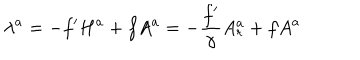
\lambda ^ { a } = - f ^ { \prime } H ^ { a } + f A ^ { a } = - { \frac { f ^ { \prime } } { \gamma } } A _ { r } ^ { a } + f A ^ { a }